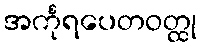
အင်္ကုရပေတဝတ္ထု